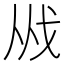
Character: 𢦜